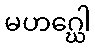
မဟဂ္ဃေါ